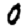
Digit: 0